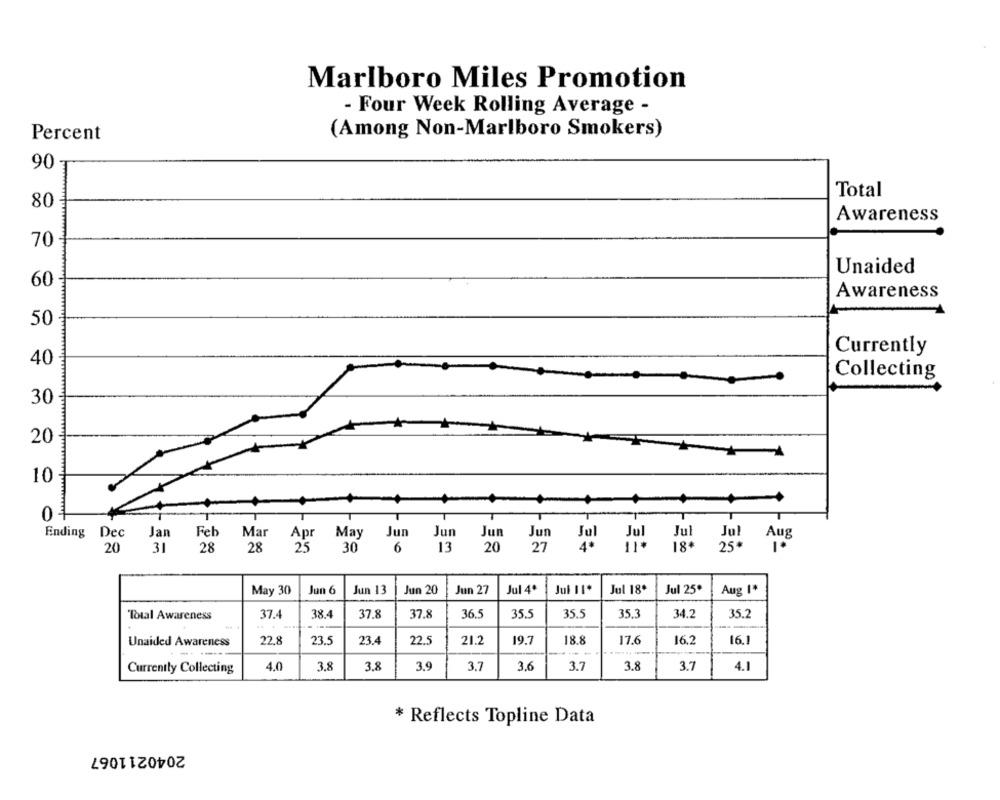
Marlboro Miles Promotion
- Four Week Rolling Average -
Percent
(Among Non-Marlboro Smokers)
90
Total
80
Awareness
70
Unaided
60
Awareness
50
Currently
40
Collecting
30
20
10
04
Ending
Dec Jan
Feb
Mar
Apr
May
Jun
Jul
Jul
Aug
Jun Jun Jun
20
31
28
28
25
30
6
13
20
27
18+
25*
1.
May 30
Jun 6
Jun 13
Jun 20
Jun 27
Jul 4º
Jul 11*
Jul 18º
Jul 25º
Aug I*
Total Awareness
37.4
38.4
37.8
37.8
36.5
35.5
35.5
35.3
34.2
35.2
22.8
23.5
23.4
22.5
21.2
19.7
18.8
17.6
16.2
16.1
Unaided Awareness
Currently Collecting
4.0
3.8
3.8
3.9
3.7
3,6
3.7
3.8
3.7
4.1
* Reflects Topline Data
2040211067